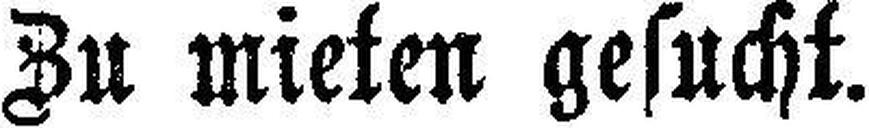
ZU mieten gesucht.